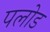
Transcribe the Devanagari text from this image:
पलोड